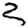
Digit: 3